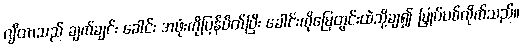
ဂျီတာသည် ချက်ချင်း ခေါင်း အဖုံးကိုပြန်ပိတ်ပြီး ခေါင်းကိုမြေတွင်းထဲသို့ချ၍ မြှုပ်ပစ်လိုက်သည်။